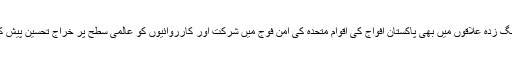
دنیاکے جنگ زدہ علاقوں میں بھی پاکستان افواج کی اقوام متحدہ کی امن فوج میں شرکت اور کارروائیوں کو عالمی سطح پر خراج تحسین پیش کیا گیا ہے۔